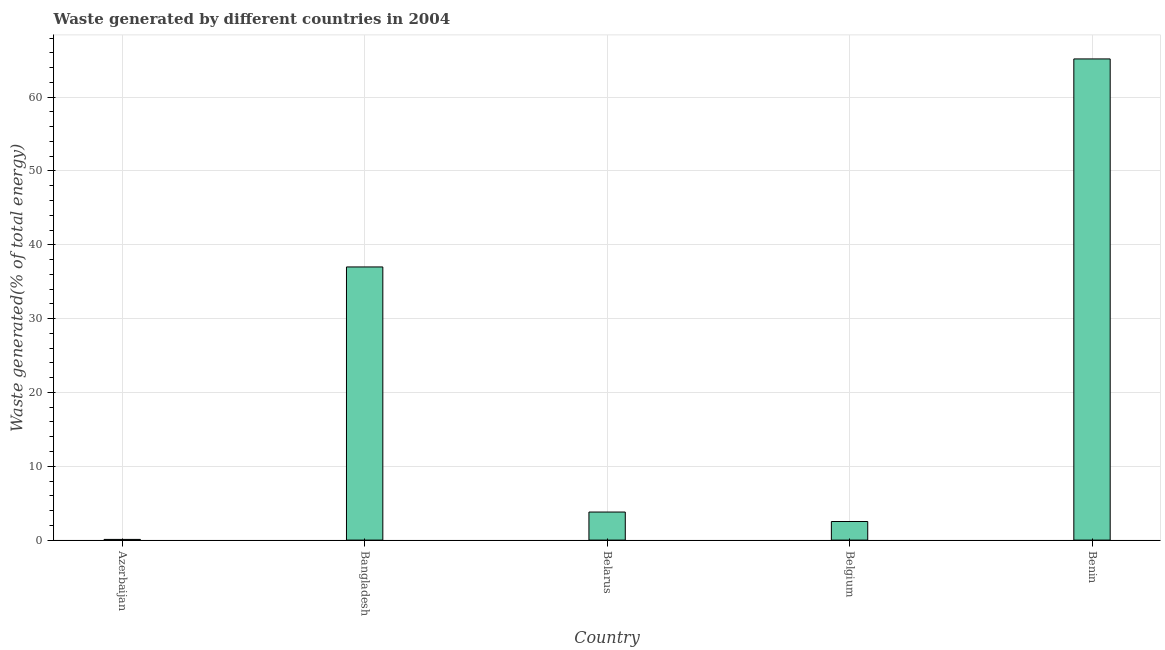
| Country | Combustible renewables and waste (% of total energy) |
 | --- | --- |
 | Azerbaijan | 0.0938 |
 | Bangladesh | 37 |
 | Belarus | 3.8 |
 | Belgium | 2.52 |
 | Benin | 65.2 |